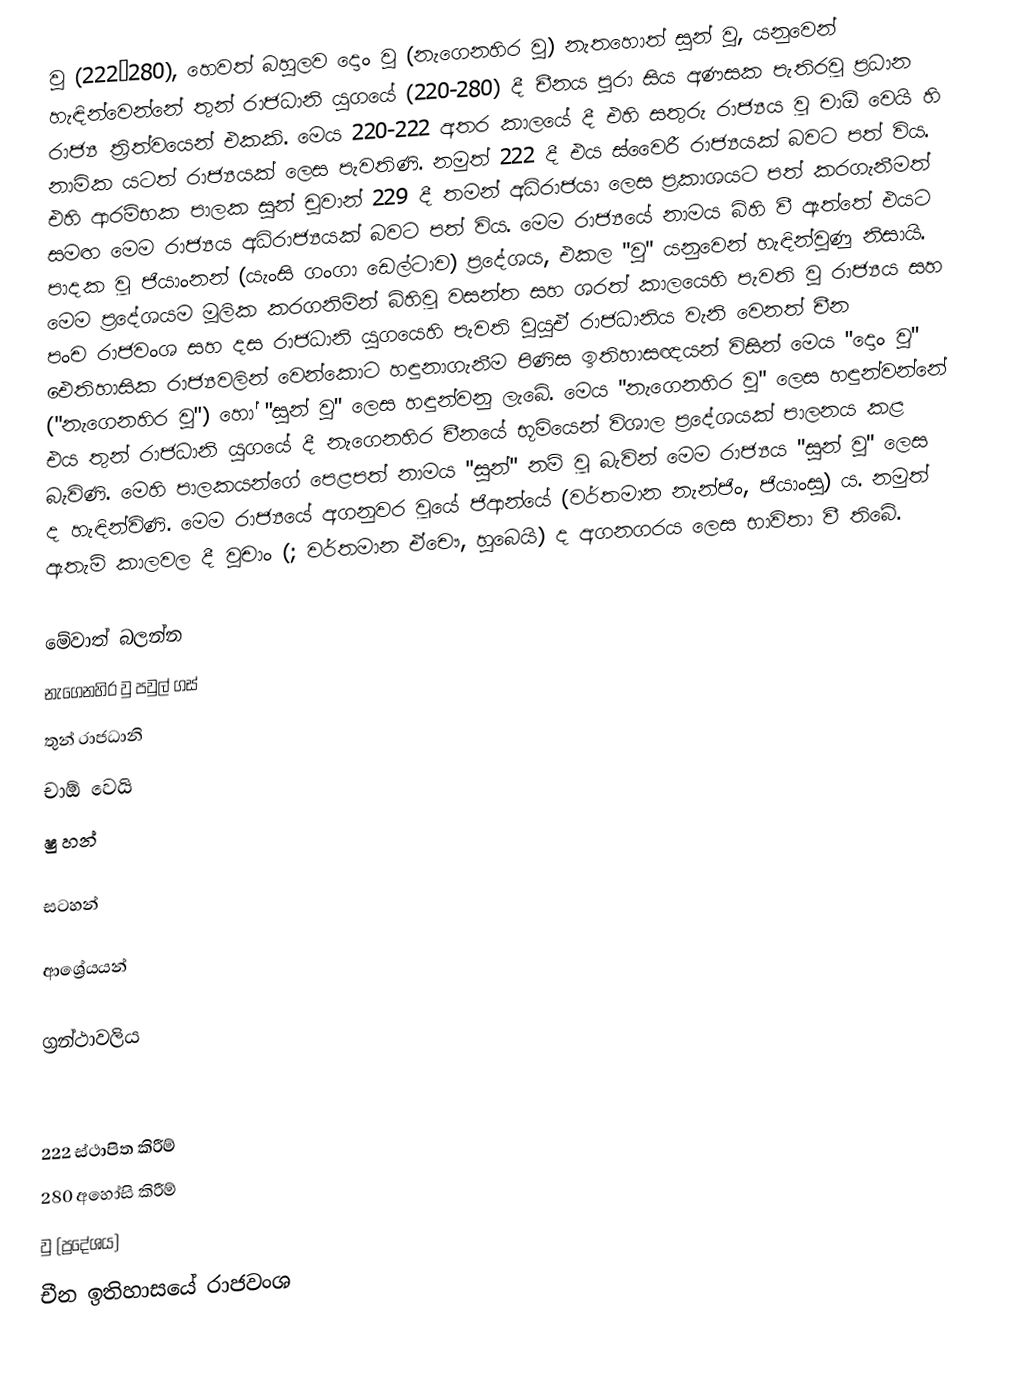
වු (222–280), හෙවත් බහුලව දොං වු (නැගෙනහිර වු) නැතහොත් සුන් වු, යනුවෙන් හැඳින්වෙන්නේ තුන් රාජධානි යුගයේ (220-280) දී චීනය පුරා සිය අණසක පැතිරවූ ප්‍රධාන රාජ්‍ය ත්‍රිත්වයෙන් එකකි. මෙය 220-222 අතර කාලයේ දී එහි සතුරු රාජ්‍යය වූ චාඕ වෙයි හි නාමික යටත් රාජ්‍යයක් ලෙස පැවතිණි. නමුත් 222 දී එය ස්වෛරී රාජ්‍යයක් බවට පත් විය. එහි ආරම්භක පාලක සුන් චුවාන් 229 දී තමන් අධිරාජයා ලෙස ප්‍රකාශයට පත් කරගැනීමත් සමඟ මෙම රාජ්‍යය අධිරාජ්‍යයක් බවට පත් විය. මෙම රාජ්‍යයේ නාමය බිහි වී ඇත්තේ එයට පාදක වූ ජියාංනන් (යැංසි ගංගා ඩෙල්ටාව) ප්‍රදේශය, එකල "වු" යනුවෙන් හැඳින්වුණු නිසායි. මෙම ප්‍රදේශයම මූලික කරගනිමින් බිහිවූ වසන්ත සහ ශරත් කාලයෙහි පැවති වු රාජ්‍යය සහ පංච රාජවංශ සහ දස රාජධානි යුගයෙහි පැවති වුයුඒ රාජධානිය වැනි වෙනත් චීන ඓතිහාසික රාජ්‍යවලින් වෙන්කොට හඳුනාගැනීම පිණිස ඉතිහාසඥයන් විසින් මෙය "දොං වු" ("නැගෙනහිර වු") හෝ "සුන් වු" ලෙස හඳුන්වනු ලැබේ. මෙය "නැගෙනහිර වු" ලෙස හඳුන්වන්නේ එය තුන් රාජධානි යුගයේ දී නැගෙනහිර චීනයේ භූමියෙන් විශාල ප්‍රදේශයක් පාලනය කළ බැවිණි. මෙහි පාලකයන්ගේ පෙළපත් නාමය "සුන්" නම් වූ බැවින් මෙම රාජ්‍යය "සුන් වු" ලෙස ද හැඳින්විණි. මෙම රාජ්‍යයේ අගනුවර වූයේ ජිආන්යේ (වර්තමාන නැන්ජිං, ජියාංසු) ය. නමුත් ඇතැම් කාලවල දී වුචාං (; වර්තමාන ඒචෞ, හුබෙයි) ද අගනගරය ලෙස භාවිතා වී තිබේ.

මේවාත් බලන්න
 නැගෙනහිර වු පවුල් ගස්
 තුන් ‍රාජධානි
 චාඕ වෙයි
 ෂු හන්

සටහන්

ආශ්‍රේයයන්

ග්‍රන්ථාවලිය

222 ස්ථාපිත කිරීම්
280 අහෝසි කිරීම්
වු (ප්‍රදේශය)
චීන ඉතිහාසයේ රාජවංශ